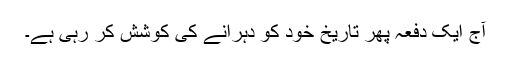
آج ایک دفعہ پھر تاریخ خود کو دہرانے کی کوشش کر رہی ہے۔